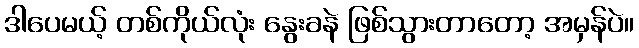
ဒါပေမယ့် တစ်ကိုယ်လုံး နွေးခနဲ ဖြစ်သွားတာတော့ အမှန်ပဲ။